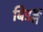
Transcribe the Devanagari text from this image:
बिडङ्ग